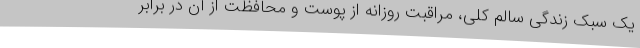
یک سبک زندگی سالم کلی، مراقبت روزانه از پوست و محافظت از آن در برابر